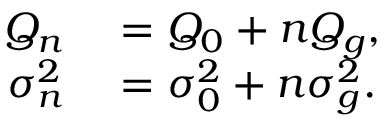
\begin{array} { r l } { Q _ { n } } & { { } = Q _ { 0 } + n Q _ { g } , } \\ { \sigma _ { n } ^ { 2 } } & { { } = \sigma _ { 0 } ^ { 2 } + n \sigma _ { g } ^ { 2 } . } \end{array}